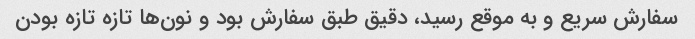
سفارش سریع و به موقع رسید، دقیق طبق سفارش بود و نون‌ها تازه تازه بودن